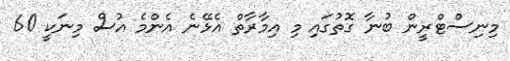
މިނިސްޓްރީން ބުނާ ގޮތުގައި މި އިމާރާތް އެޅޭނެ އެންމެ އުސް މިނަކީ 60